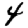
Digit: 4